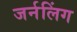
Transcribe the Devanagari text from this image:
जर्नलिंग